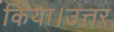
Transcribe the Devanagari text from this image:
किया।उत्तर